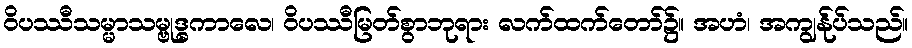
ဝိပဿီသမ္မာသမ္ဗုဒ္ဓကာလေ၊ ဝိပဿီမြတ်စွာဘုရား လက်ထက်တော်၌။ အဟံ၊ အကျွန်ုပ်သည်။